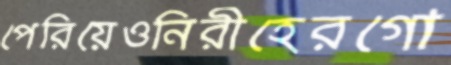
পেরিয়েওনিরীহেরগো